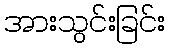
အားသွင်းခြင်း